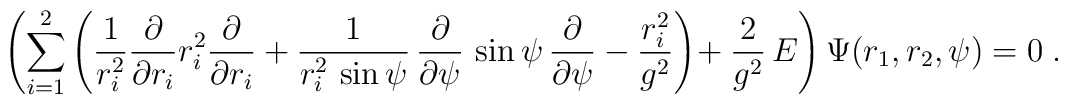
\left( \sum_{i=1}^2 \left(       \frac{1}{r_i^2}\frac{\partial}{\partial r_i}                r_i^2\frac{\partial}{\partial r_i}     + \frac{1}{r_i^2\, \sin\psi}\,\frac{\partial}{\partial \psi}      \,\sin\psi\, \frac{\partial}{\partial \psi}    - \frac{r_i^2}{g^2} \right)\!   + \frac{2}{g^2}\, E \right) \Psi(r_1,r_2,\psi) = 0 \;.